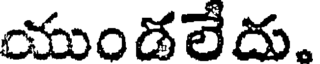
యుండలేదు.